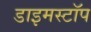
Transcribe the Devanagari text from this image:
डाइमस्टॉप